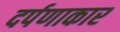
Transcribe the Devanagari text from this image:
दर्पणाकार